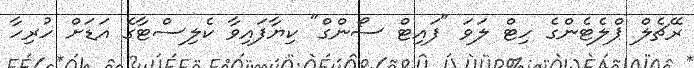
ރޭޗެލް ޕްލެޓެންގެ ހިޓް ލަވަ "ފައިޓް ސޯންގް" ކިޔާފައިވާ ކެލިސްޓާގެ އަޑަށް ހުރިހާ